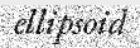
ellipsoid